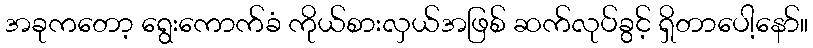
အခုကတော့ ရွေးကောက်ခံ ကိုယ်စားလှယ်အဖြစ် ဆက်လုပ်ခွင့် ရှိတာပေါ့နော်။